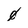
Character: 0